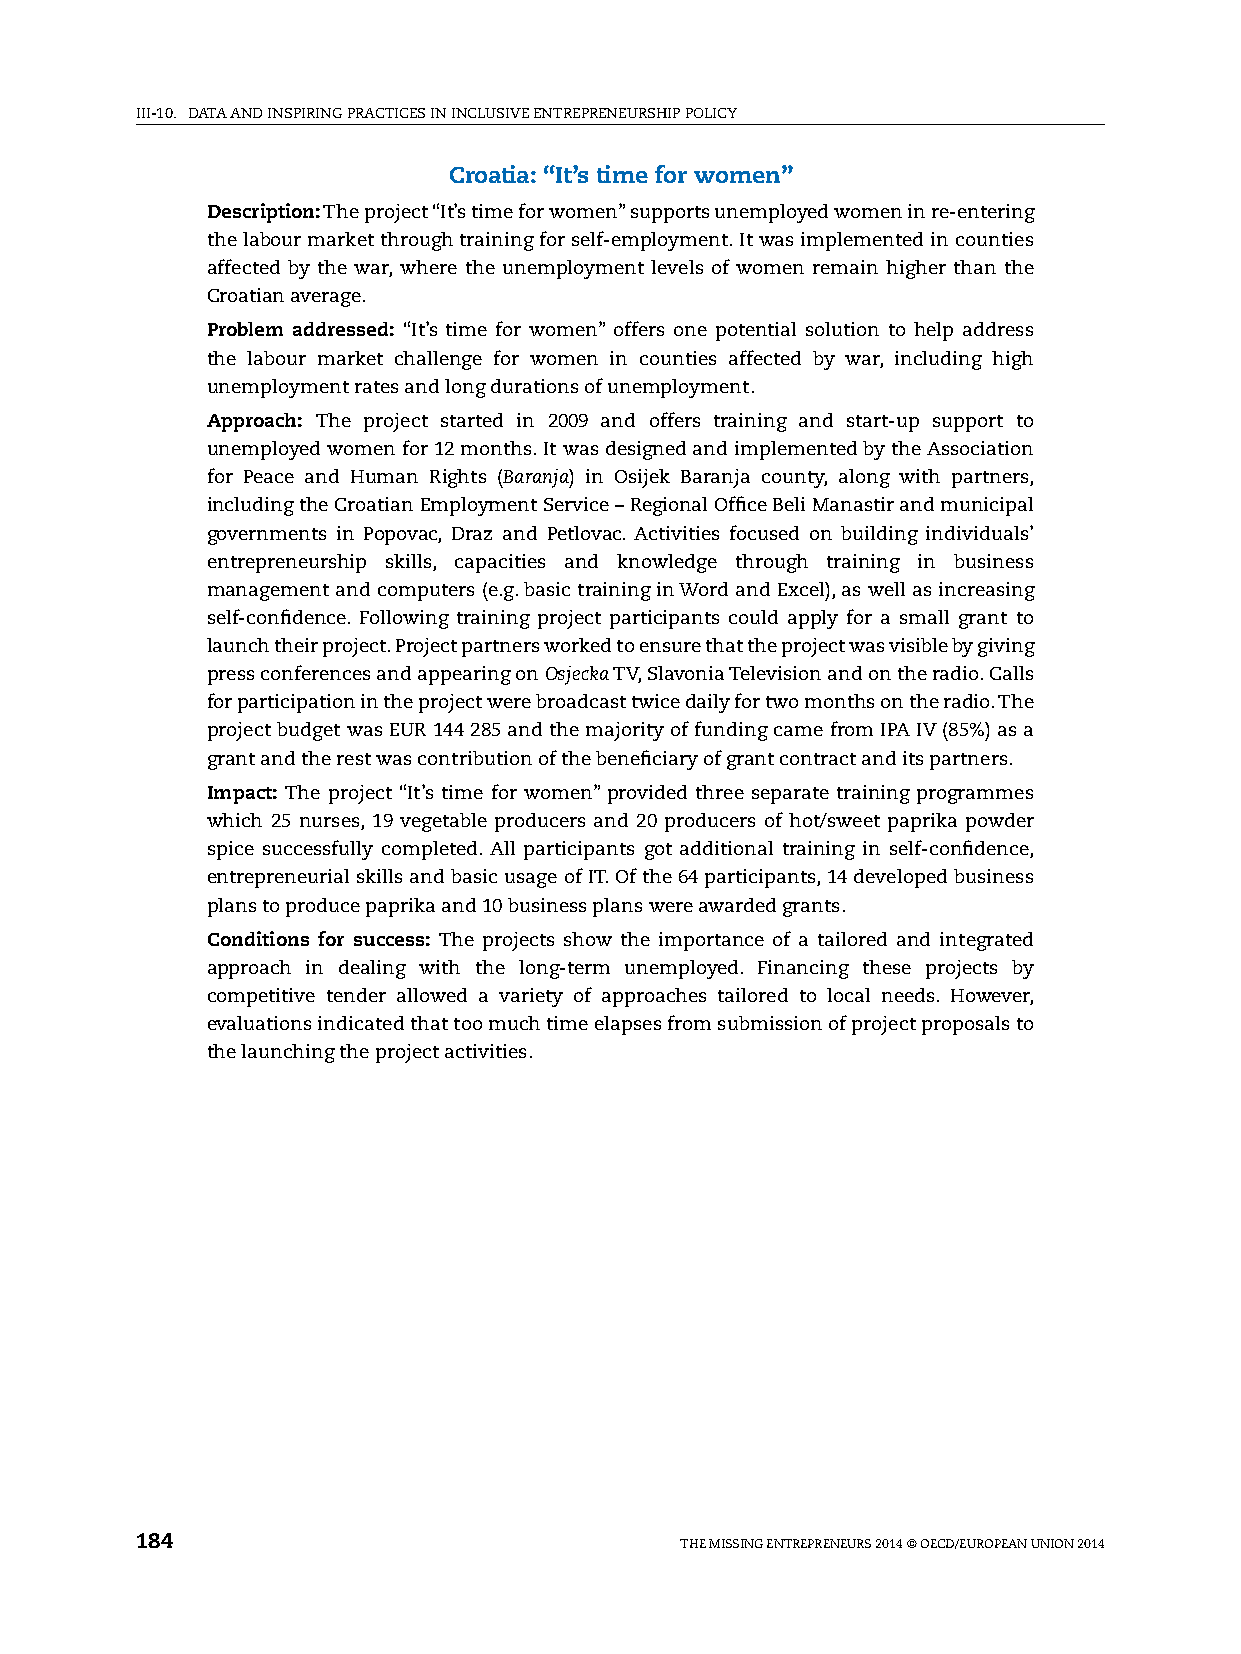
iii-10. DATA AnD inspiring prACTiCes in inClusive enTrepreneurship pOliCy
 Croatia: “It’s time for women”
 Description: The project “it’s time for women” supports unemployed women in re-entering
 the labour market through training for self-employment. it was implemented in counties
 affected by the war, where the unemployment levels of women remain higher than the
 Croatian average.
 Problem addressed: “it’s time for women” offers one potential solution to help address
 the labour market challenge for women in counties affected by war, including high
 unemployment rates and long durations of unemployment.
 Approach: The project started in 2009 and offers training and start-up support to
 unemployed women for 12 months. it was designed and implemented by the Association
 for peace and human rights (Baranja) in Osijek Baranja county, along with partners,
 including the Croatian employment service – regional Office Beli Manastir and municipal
 governments in popovac, Draz and petlovac. Activities focused on building individuals’
 entrepreneurship skills, capacities and knowledge through training in business
 management and computers (e.g. basic training in Word and excel), as well as increasing
 self-confidence. Following training project participants could apply for a small grant to
 launch their project. project partners worked to ensure that the project was visible by giving
 press conferences and appearing on Osjecka Tv, slavonia Television and on the radio. Calls
 for participation in the project were broadcast twice daily for two months on the radio. The
 project budget was eur 144 285 and the majority of funding came from ipA iv (85%) as a
 grant and the rest was contribution of the beneficiary of grant contract and its partners.
 Impact: The project “it’s time for women” provided three separate training programmes
 which 25 nurses, 19 vegetable producers and 20 producers of hot/sweet paprika powder
 spice successfully completed. All participants got additional training in self-confidence,
 entrepreneurial skills and basic usage of iT. Of the 64 participants, 14 developed business
 plans to produce paprika and 10 business plans were awarded grants.
 Conditions for success: The projects show the importance of a tailored and integrated
 approach in dealing with the long-term unemployed. Financing these projects by
 competitive tender allowed a variety of approaches tailored to local needs. however,
 evaluations indicated that too much time elapses from submission of project proposals to
 the launching the project activities.
 184                                 The Missing enTrepreneurs 2014 © OeCD/eurOpeAn uniOn 2014